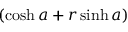
( \cosh { a } + r \sinh { a } )